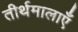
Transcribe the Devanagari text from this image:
तीर्थमालाएँ